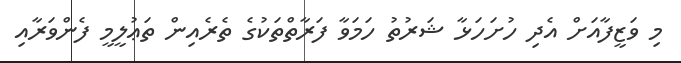
މި ވަޒީފާއަށް އެދި ހުށަހަޅާ ޝަރުތު ހަމަވާ ފަރާތްތަކުގެ ތެރެއިން ތަޢުލީމީ ފެންވަރާއި